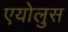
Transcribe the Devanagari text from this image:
एयोलुस